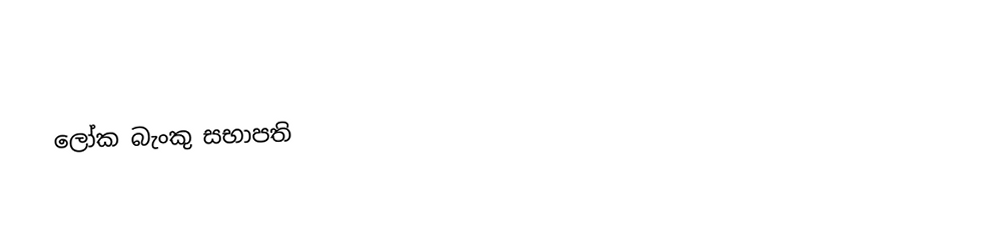

ලෝක බැංකු සභාපති